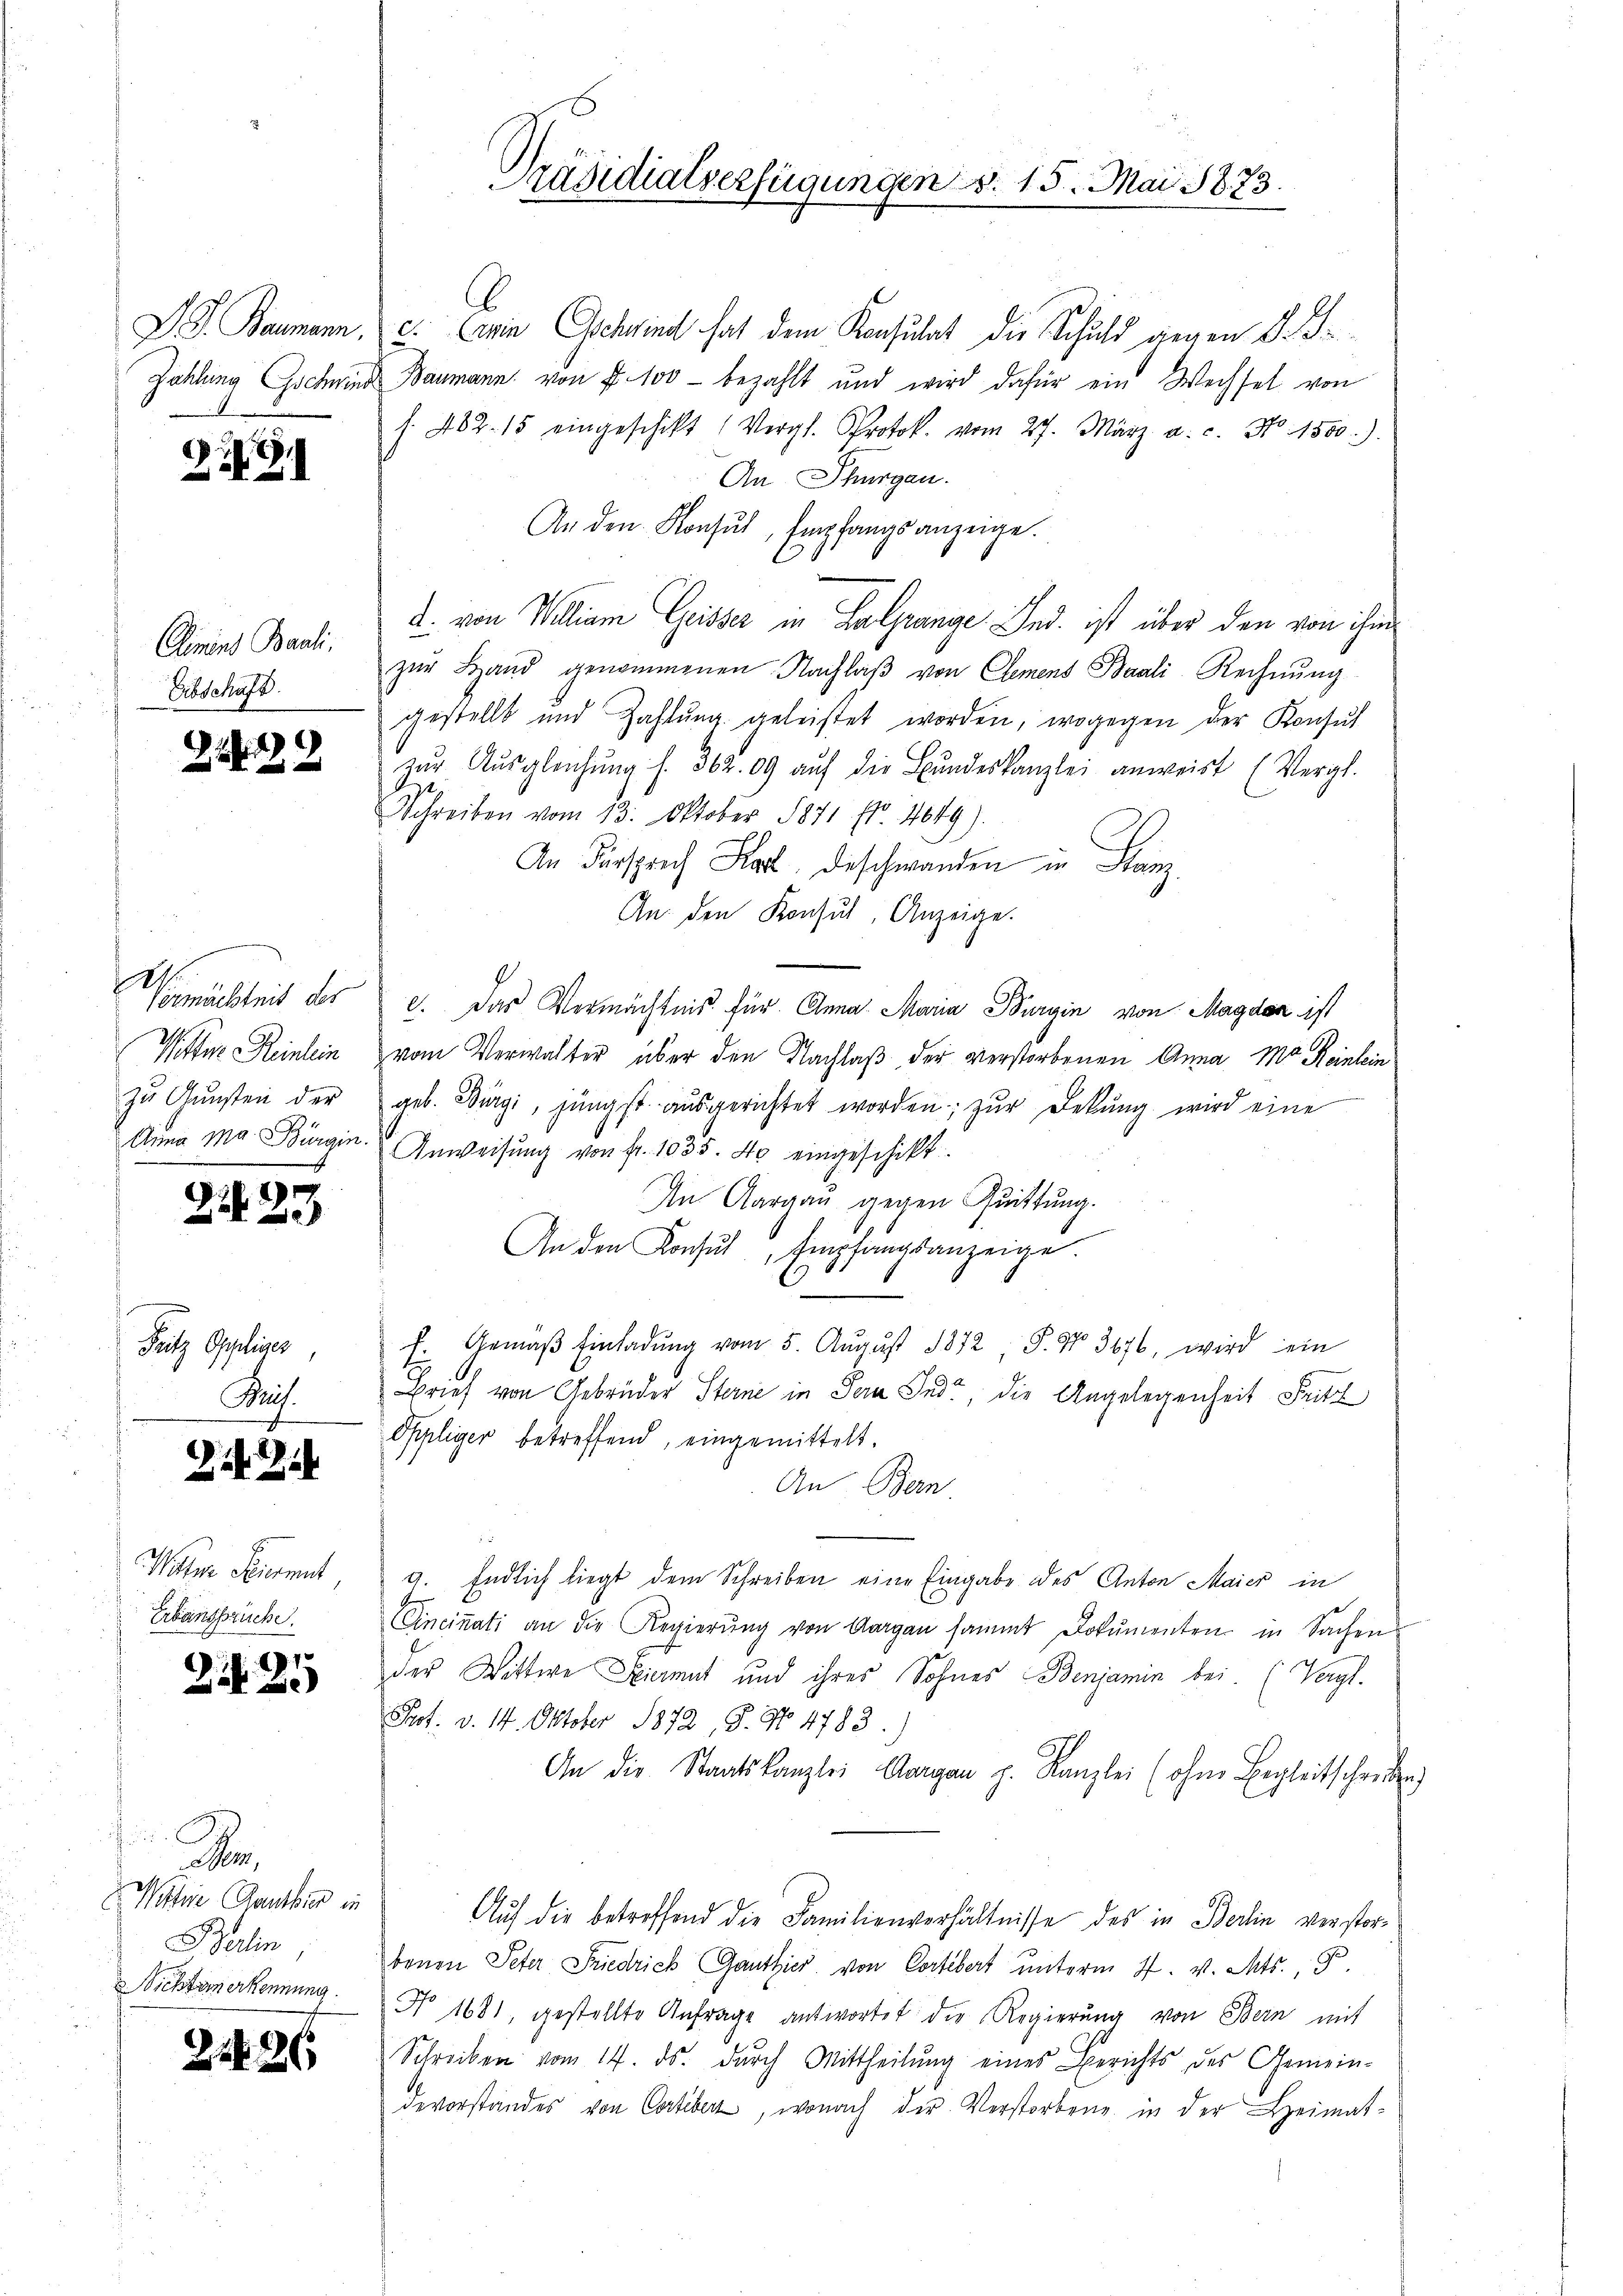
229

Diment Bauli.
Eibschaft.

2239

.
Vermächteit des
Neften Reinlein
zu Gunsten der
Anna Ma Bürgin.
m

24 23

Fritz Oppliser,
Puis.

Zif. 2

im Feuermut
Erbansprüche.

7x
22 Zi

,
Wohne Ganthier in
Berlin,
Nichternerkennung.

2126

Präsidialverfügungen S. 15. Mai 1873.

S. Baumann, c. wie Gschwind hat dem Konsulat die Schuld gegen d. J.
Zahlung Gscheins Baumann von f. 100 - bezahlt und wird dafür ein Wechsel von
s. 482. 15 eingeschikt (Vergl. Protok. vom 27. März a. c. No. 1500.)
An Thurgau.
An den Konsul, Empfangsanzeige.
2. von William Geisser in Halprange. Und ist über den von ihm
zŭr Land genommenen Nachlaβ von Clemens Baali-Rechnŭng
gestellt und Zahlŭng geleistet worden, wogegen der Konsŭl
zŭr Aŭsgleichŭng f. 362. 09 aŭf die Bŭndeskanzlei anweist (Vergl.
Schreiben vom 13. Oktober 1871 Fr. 4649).
An Fürsprich Karl Beschwanden in Franz
An den Konsul, Anzeige.
e. Das Vermächtnis für Anna Maria Burgin von Magden ist
vom Verwalter über den Nachlaß der verstorbenen Anna Ma Reinlein
geb. Bürgi, jüngst aŭsgerichtet worden zŭr Dekŭng wird eine
Anweisŭng von Fr. 1035. 40 eingeschikt.
An Aargau gegen Quittung.
An den Konsŭl, Empfangsanzeige.
6
E. Gemäβ Einladŭng vom 5. August 1812, S. Nr. 3676, wird ein
Brief von Gebrüder Sterne in der Inde, die Angelegenheit Fritz
Oppliger betreffend, eingemittelt.
An Bern
9. Endlich liegt dem Schreiben eine Eingabe des Anton Maier in
Cincinati an die Regierŭng von Aargau sammt Dokumenten in Sachen
der Wittwe Eiermut und ihres Sohnes Benjamin bei. (Vergl.
Prot. v. 14. Oktober 1872, S. No 1783.)
An die Staatskanzlei Aargau p. Kanzlei (ohne Begleitschreiben
Auf die betreffend die Familienverhältnisse des in Berlin verstorbenen Peter Friedrich Ganthier von Cortebert unterm 7. v. Mts. 8.
No 1081, gestellte Anfrage antwortet die Regierŭng von Bern mit
Schreiben vom 14. ds. dŭrch Mittheilŭng eines Berichts des Gemein-
devorstandes von Contiber, wonach der Verstorbene in der Heimat-